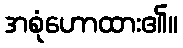
အစုံဟောထား၏။